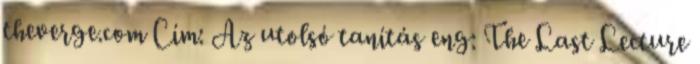
theverge.com Cím: Az utolsó tanítás eng: The Last Lecture